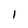
Character: 1